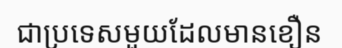
ជាប្រទេសមួយដែលមានខឿន